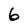
Character: 6